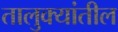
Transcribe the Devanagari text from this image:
तालुक्‍यांतील